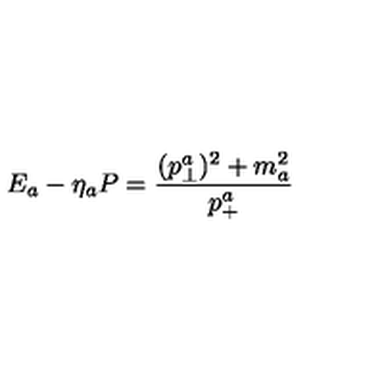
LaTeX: E _ { a } - \eta _ { a } P = { \frac { ( p _ { \perp } ^ { a } ) ^ { 2 } + m _ { a } ^ { 2 } } { p _ { + } ^ { a } } }